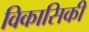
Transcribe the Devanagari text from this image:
विकासिकी